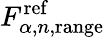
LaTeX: F_{\alpha,n,\mathrm{range}}^{\mathrm{ref}}